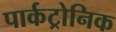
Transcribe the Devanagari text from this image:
पार्कट्रोनिक